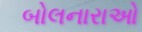
બોલનારાઓ